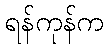
ရန်ကုန်က